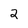
Character: 2